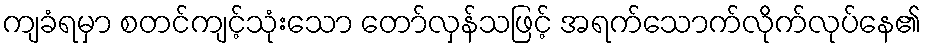
ကျခံရမှာ စတင်ကျင့်သုံးသော တော်လှန်သဖြင့် အရက်သောက်လိုက်လုပ်နေ၏